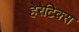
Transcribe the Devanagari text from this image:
हेरेटिक्स